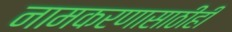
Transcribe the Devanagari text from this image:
नामकरणासाठीही